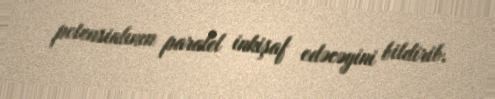
potensialının paralel inkişaf edəcəyini bildirib.